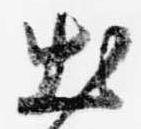
出